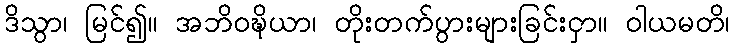
ဒိသွာ၊ မြင်၍။ အဘိဝဍ္ဎိယာ၊ တိုးတက်ပွားများခြင်းငှာ။ ဝါယမတိ၊